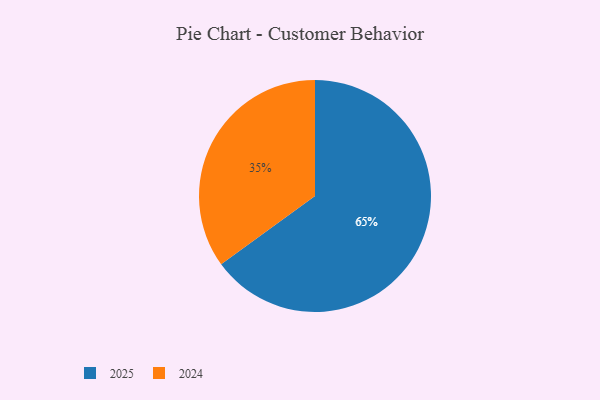
{"axis": {"x": "Category", "y": "Percentage"}, "legend": ["2024", "2025"], "data": [{"x": "2025", "y": 65, "type": "2025"}, {"x": "2024", "y": 35, "type": "2024"}]}